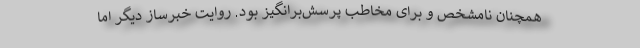
همچنان نامشخص و برای مخاطب پرسش‌برانگیز بود. روایت خبرساز دیگر اما